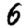
Digit: 6